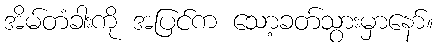
အိမ်တံခါးကို အပြင်က သော့ခတ်သွားမှာနော်။